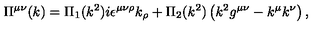
\Pi ^ { \mu \nu } ( k ) = \Pi _ { 1 } ( k ^ { 2 } ) i \epsilon ^ { \mu \nu \rho } k _ { \rho } + \Pi _ { 2 } ( k ^ { 2 } ) \left( k ^ { 2 } g ^ { \mu \nu } - k ^ { \mu } k ^ { \nu } \right) ,